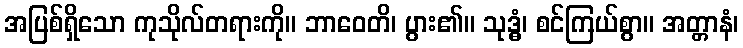
အပြစ်ရှိသော ကုသိုလ်တရားကို။ ဘာဝေတိ၊ ပွား၏။ သုဒ္ဓံ၊ စင်ကြယ်စွာ။ အတ္တာနံ၊